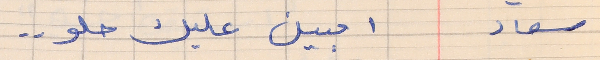
سعاد     امبين عليك حلو . .